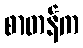
စာတန်က